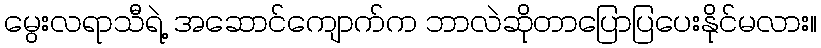
မွေးလရာသီရဲ့ အဆောင်ကျောက်က ဘာလဲဆိုတာပြောပြပေးနိုင်မလား။